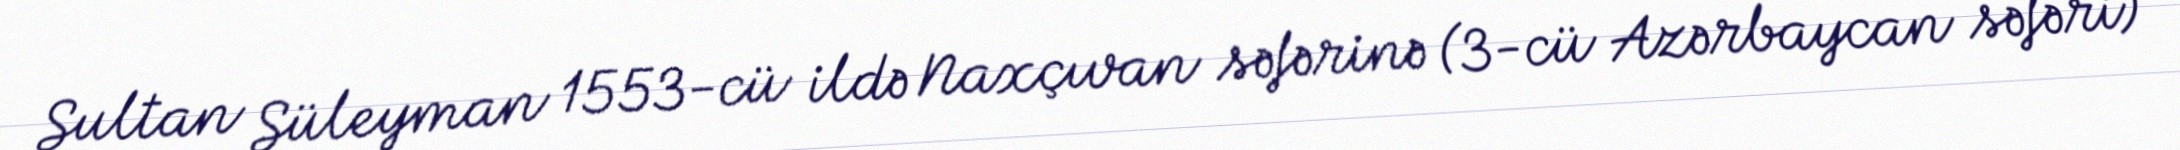
Sultan Süleyman 1553-cü ildə Naxçıvan səfərinə (3-cü Azərbaycan səfəri)